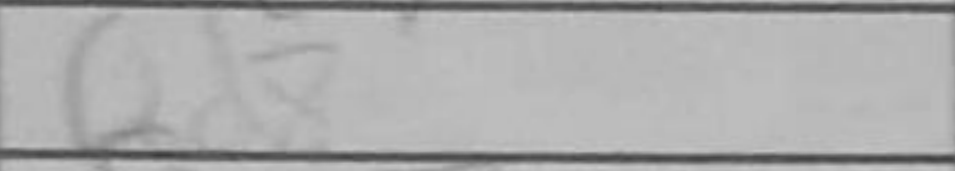
Transcription: Qd8